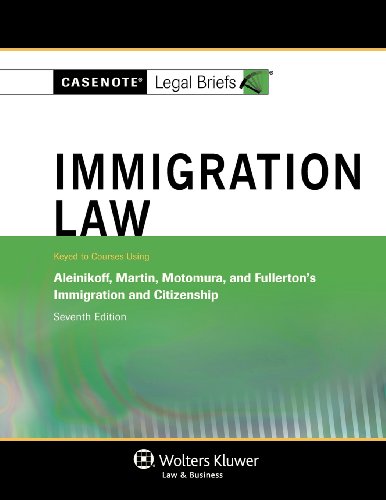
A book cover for Casenotes Legal Briefs: Immigration Law Keyed to Aleinikoff, Martin, Motomura, & Fullerton, Seventh Edition (Casenote Legal Briefs); Casenote Legal Briefs; Law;